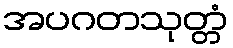
အပဂတသုတ္တံ